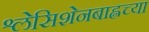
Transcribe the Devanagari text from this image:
श्लेसिशेनबाह्नच्या